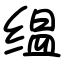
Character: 缊